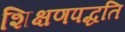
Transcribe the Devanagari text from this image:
शिक्षणपद्धति